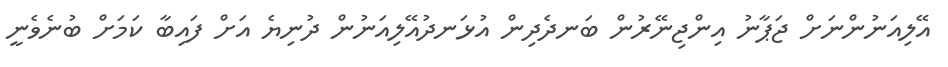
އޭލިއަނުންނަށް ޖަޕާނު އިންޖިނޭރުން ބަނދެދިން އުޅަނދުއޭލިއަނުން ދުނިޔެ އަށް ފައިބާ ކަމަށް ބުނެވެނީ